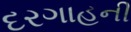
દરગાહની